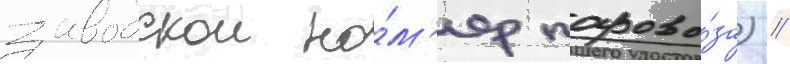
заводскои но́м'ер парово́за) //